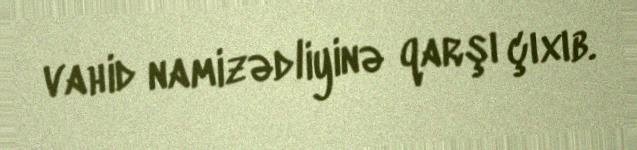
vahid namizədliyinə qarşı çıxıb.